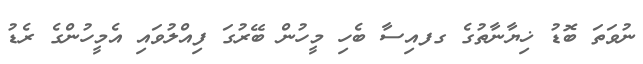
ނުވަތަ ބޮޑު ޚިޔާނާތުގެ ގފއިސާ ބެހި މީހުން ބޭރުގަ ފިއްލުވައި އެމީހުންގެ ރެޑު